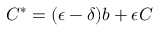
C ^ { * } = ( \epsilon - \delta ) b + \epsilon C